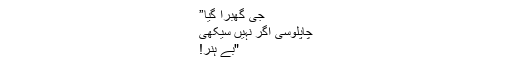
جی گھبرا گیا”
چاپلوسی اگر نہیں سیکھی
"بے ہنر!